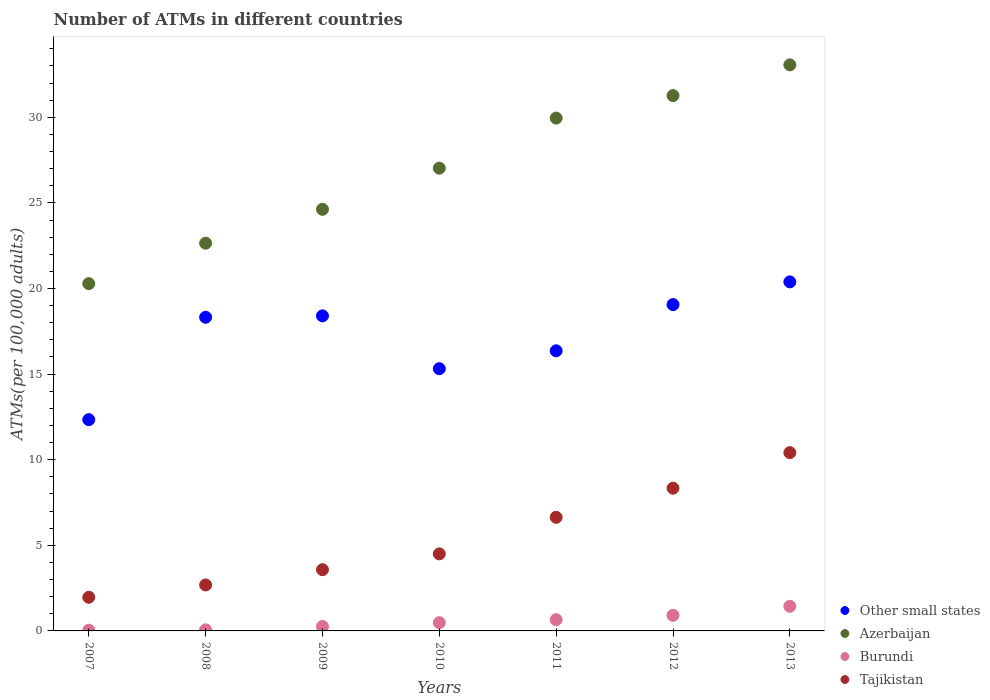
| Years | Other small states | Azerbaijan | Burundi | Tajikistan |
 | --- | --- | --- | --- | --- |
 | 2007 | 12.3 | 20.3 | 0.0432 | 1.96 |
 | 2008 | 18.3 | 22.6 | 0.0623 | 2.69 |
 | 2009 | 18.4 | 24.6 | 0.26 | 3.58 |
 | 2010 | 15.3 | 27 | 0.483 | 4.5 |
 | 2011 | 16.4 | 30 | 0.655 | 6.64 |
 | 2012 | 19.1 | 31.3 | 0.91 | 8.34 |
 | 2013 | 20.4 | 33.1 | 1.44 | 10.4 |